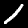
Digit: 1